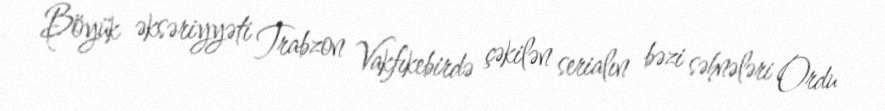
Böyük əksəriyyəti Trabzon Vakfıkebirdə çəkilən serialın bəzi səhnələri Ordu